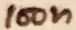
Text: 100n